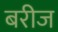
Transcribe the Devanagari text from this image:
बरीज